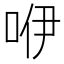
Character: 咿